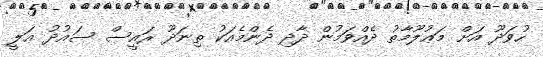
ހުވަދޫ އަށް މަޢުލޫމާތު ދެއްވަމުން ދާދި ދެންމެއަކު ތިނަދޫ ރައީސް ސައުދު ޢަލީ